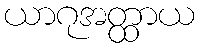
ယာဂုအတ္ထာယ